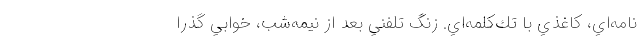
نامه‌اي، كاغذي با تك‌كلمه‌اي. زنگ تلفني بعد از نيمه‌شب، خوابي گذرا